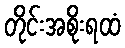
တိုင်းအစိုးရထံ